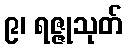
၉၊ ရဇ္ဇုသုတ်